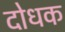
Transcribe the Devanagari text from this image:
दोधक